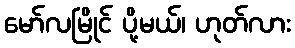
မော်လမြိုင် ပို့မယ်၊ ဟုတ်လား